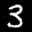
Label: 3